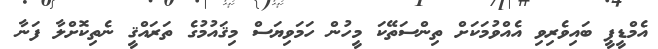
އެމްޑީޕީ ބައިވެރިވި އެއްވުމަކަށް ތިންސަތޭކަ މީހުން ހަމަވިޔަސް މިޤައުމުގެ ތަރައްޤީ ނެތިކޮށްލާ ފަނާ